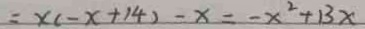
= x ( - x + 1 4 ) - x = - x ^ { 2 } + 1 3 x